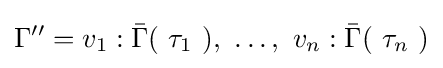
\Gamma ''=v_{1}:{\bar {\Gamma }}(\ \tau _{1}\ ),\ \dots ,\ v_{n}:{\bar {\Gamma }}(\ \tau _{n}\ )